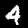
Label: 4